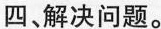
四、解决问题。